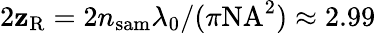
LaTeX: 2\mathbf{z}_{\mathrm{{R}}}=2n_{\mathrm{{sam}}}\lambda_{0}/(\pi\mathrm{{NA}}^{2})\approx2.99